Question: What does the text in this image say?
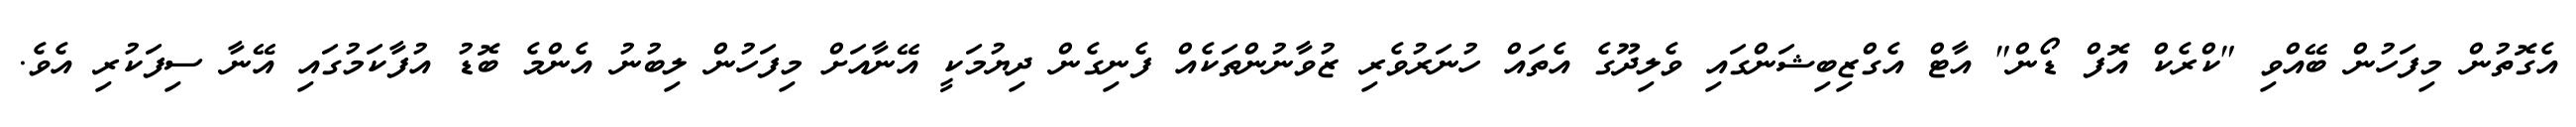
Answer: އެގޮތުން މިފަހުން ބޭއްވި "ކްރެކް އޮފް ޑޯން" އާޓް އެގްޒިބިޝަންގައި ވެލިދޫގެ އެތައް ހުނަރުވެރި ޒުވާނުންތަކެއް ފެނިގެން ދިޔުމަކީ އޭނާއަށް މިފަހުން ލިބުނު އެންމެ ބޮޑު އުފާކަމުގައި އޭނާ ސިފަކުރި އެވެ.